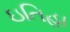
ઇતિહા